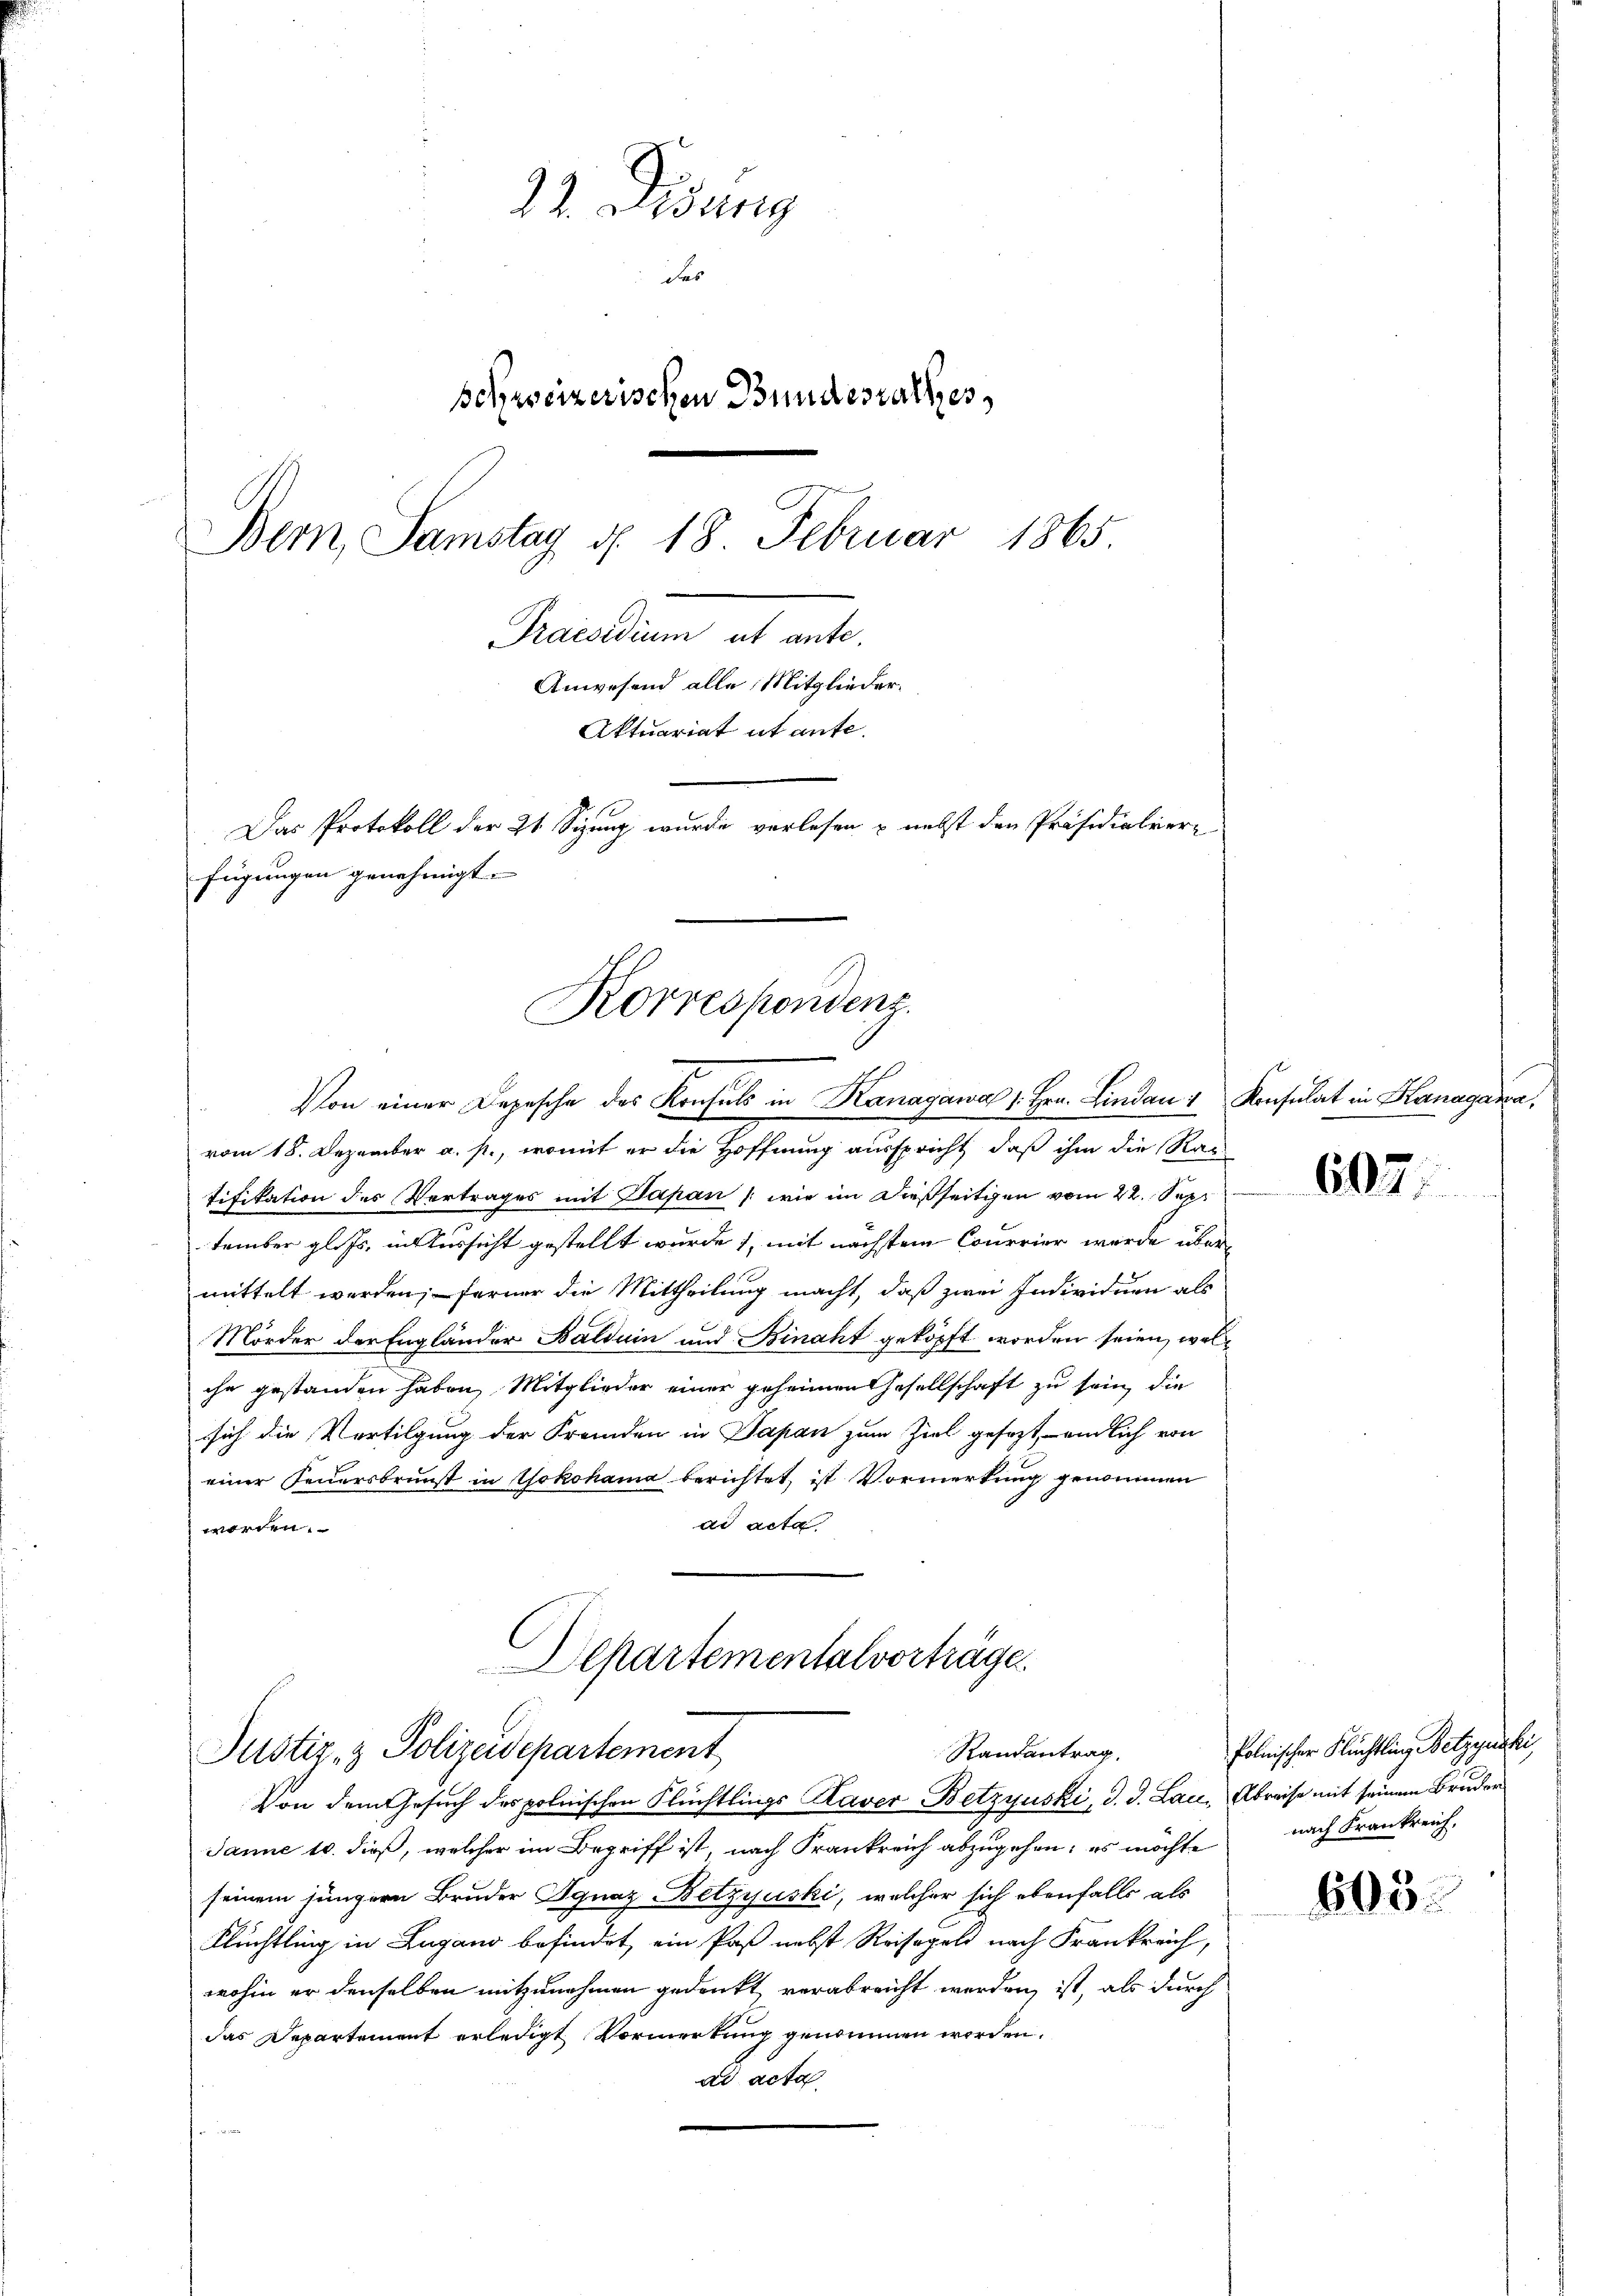
22. Didung
des
schreizerischen Bundesrathes
Bern, Samstag d. 18. Februar 1865.
Praesiduum
Anwesend alle Mitglieder¬
Aktuariat et ante.
Das Protokoll der 21 Sizung wurde verlesen & nebst den Präsidialver-
fügungen genehmigt.

Korrespondenz.

Von einer Depesche des Konsuls in Kanagawa 1. Hrn. Lindau & Konsulat in Hanagana,
vom 18. Dezember a. p., womit er die Hoffnung ausspricht, daß ihm die Rau
tifikation des Vertrages mit Papan (wie im dießseitigen vom 22. Sep
tember gl. Js. in Aussicht gestellt wurde), mit nächstem Courrier wurde über
mittelt werden; ferner die Mittheilung macht, daß zwei Individuen als
Mörder der Engländer Balduin und Binaht geköpft worden seien, welche gestanden haben, Mitglieder einer geheimen Gesellschaft zu sein, die
sich die Vertilgung der Fremden in Japan zum Ziel gesagt, endlich von
einer Feuersbrunst in Yokohama berichtet, ist Vormerkung genommen
ad acta
worden.

Departementalvorträge.
Justiz- & Polizeidepartement
Randantrag.

Von dem Gesuch des polnischen Flüchtlings Raver Betzynski, d. d. Lau, Abreise mit seinem Bruder
Janne 10. dieß, welcher im Begriff ist, nach Frankreich abzugehen; es möchte
seinem jüngern Bruder Ignaz Betzyjuski, welcher sich ebenfalls als
Flüchtling in Lugano befindet, ein Paß nebst Reisegeld nach Frankreich,
wohin er denselben mitzunehmen gedenkt verabreicht werden, ist, als durch
das Departement erledigt Vormerkung genommen worden.
ad acta
so un

607.

605.

Polnischer Flüchtling Betzynski,
nach Frankreich,